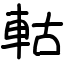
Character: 軲